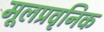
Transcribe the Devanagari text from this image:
मूलप्रवृनिक